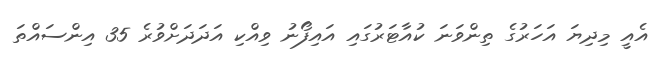
އެއީ މިދިޔަ އަހަރުގެ ތިންވަނަ ކުއާޓަރުގައި އައިފޯނު ވިއްކި އަދަދަށްވުރެ 35 އިންސައްތަ